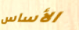
الأساس